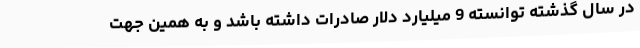
در سال گذشته توانسته 9 میلیارد دلار صادرات داشته باشد و به همین جهت